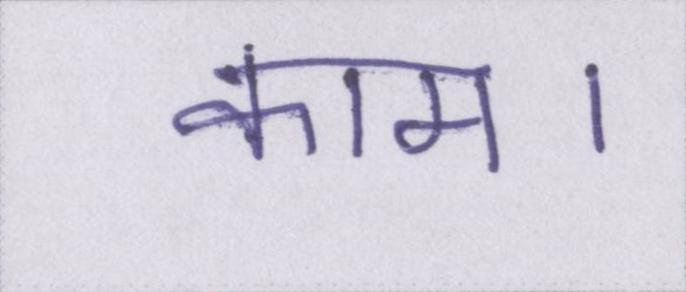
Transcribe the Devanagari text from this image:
काम।